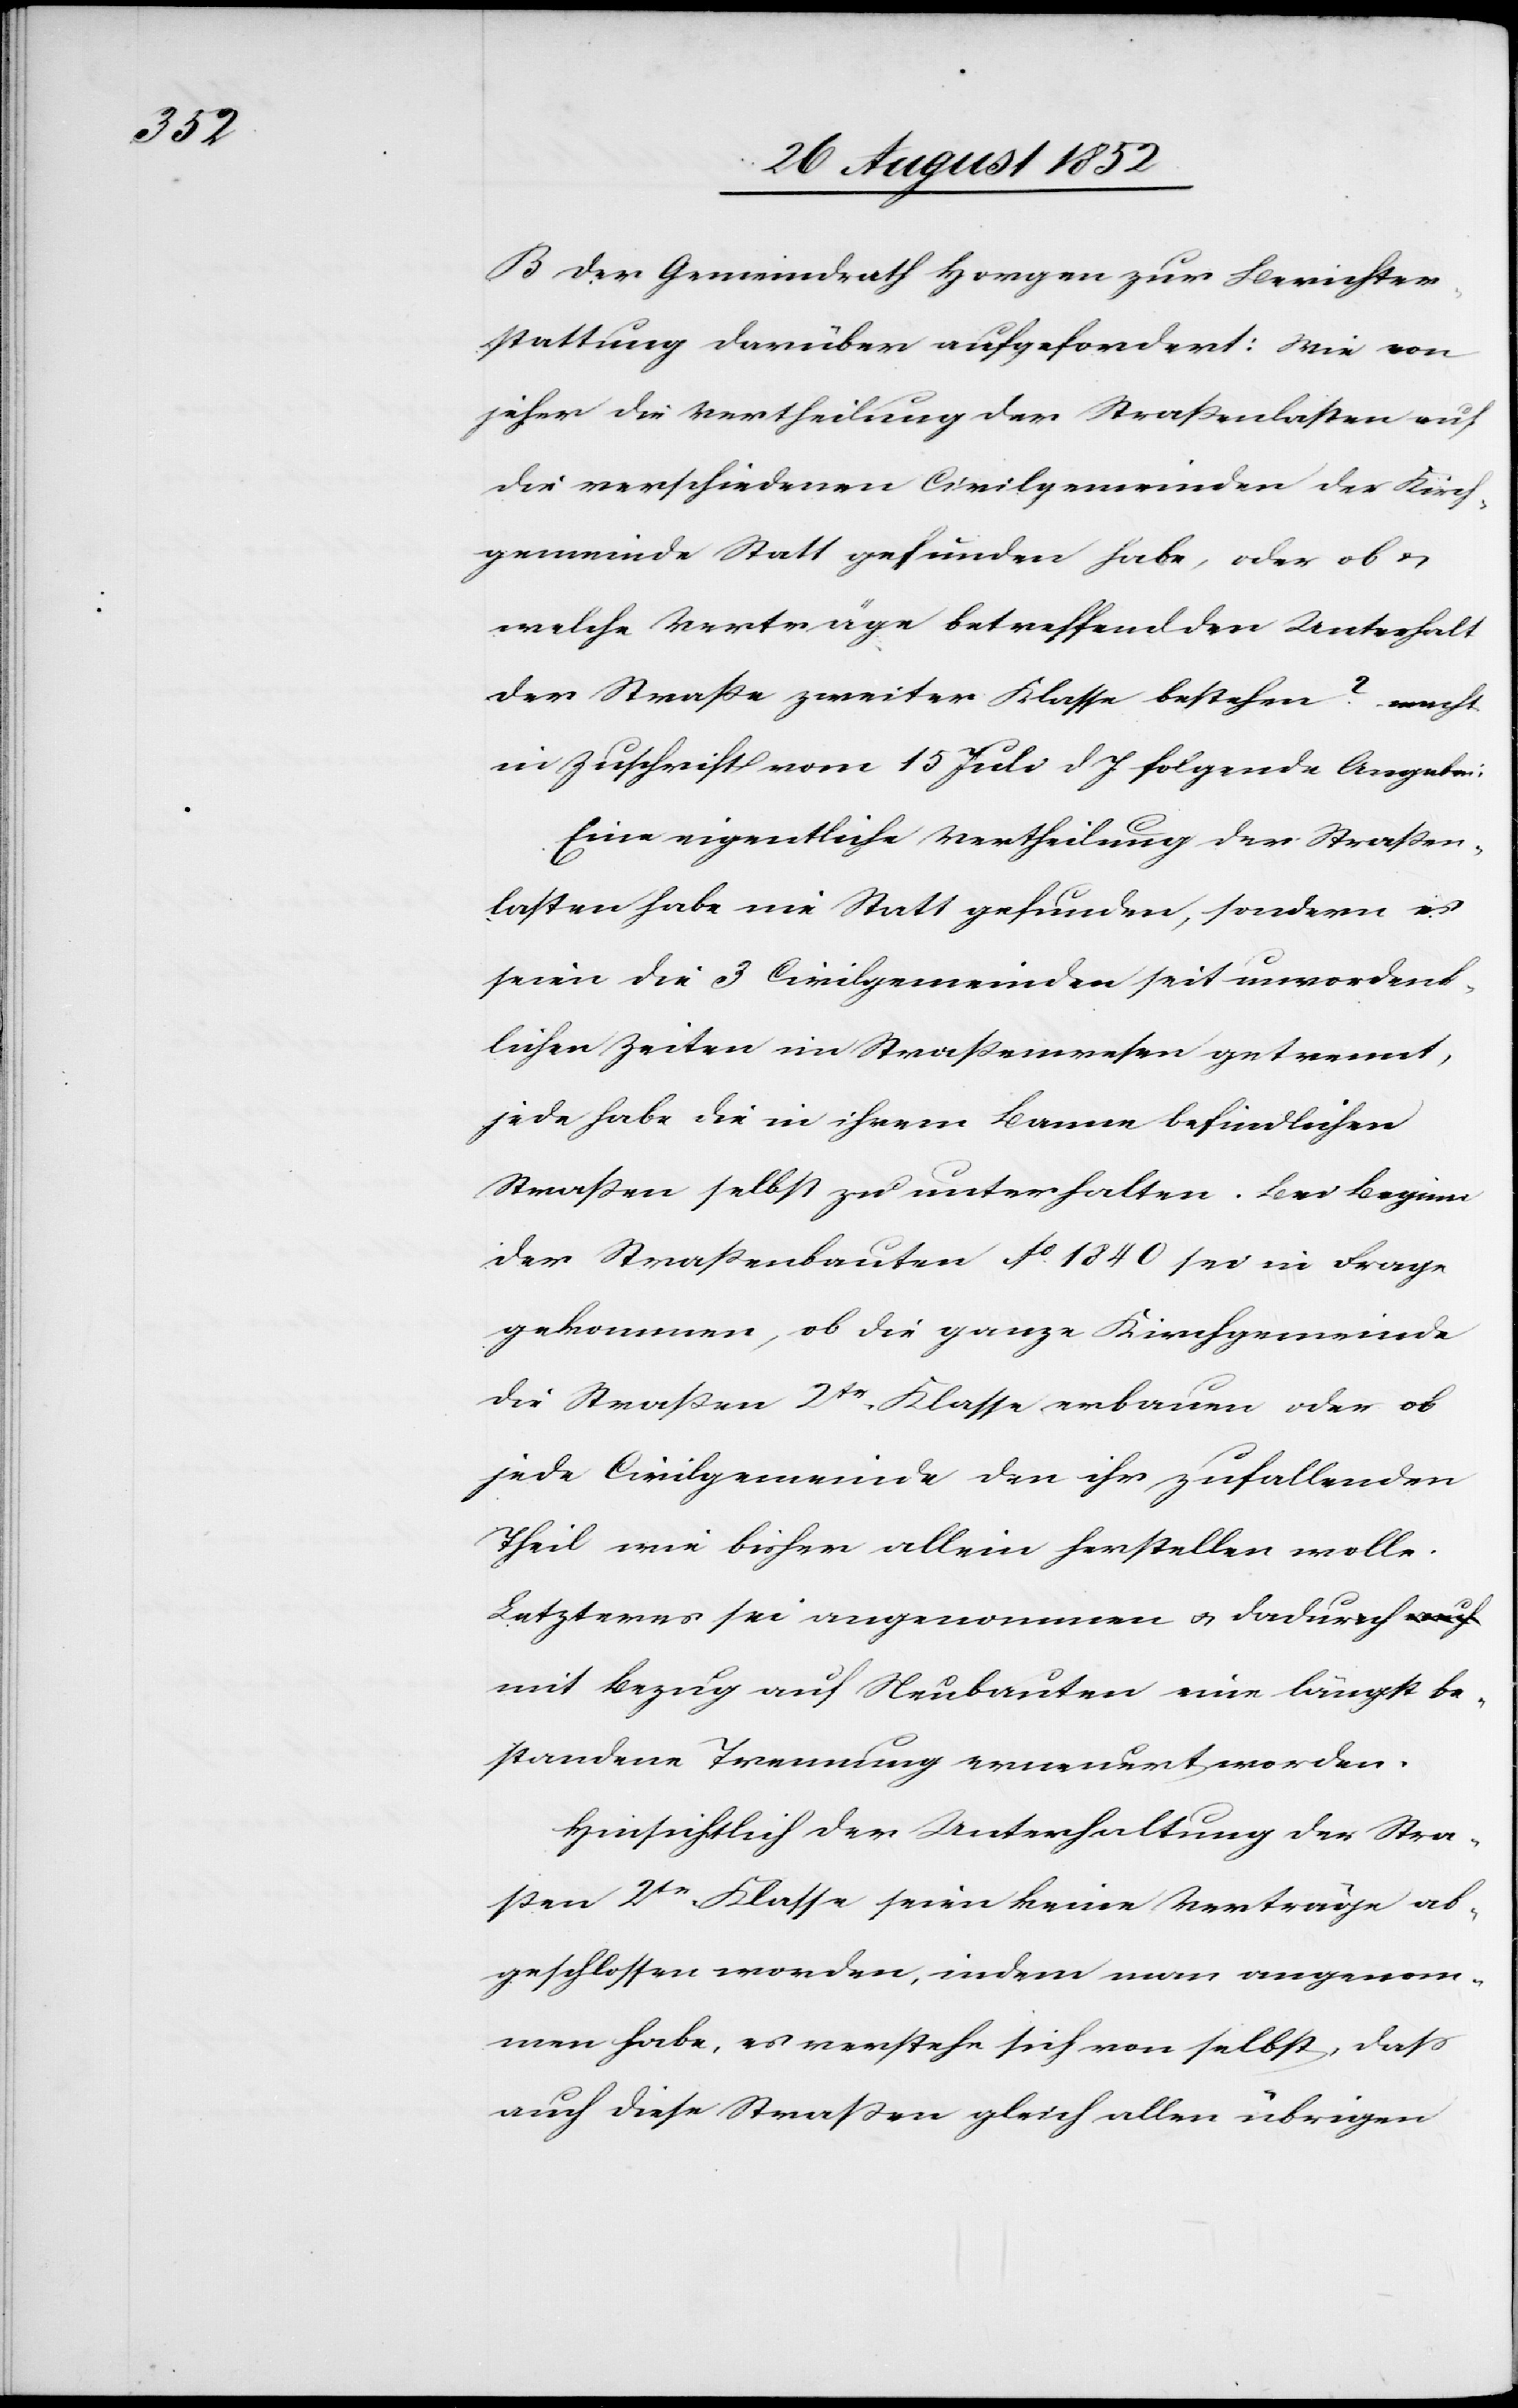
B Der Gemeindrath Horgen zur Berichter¬
stattung darüber aufgefordert: Wie von
jeher die Vertheilung der Straßenlasten auf
die verschiedenen Civilgemeinden der Kirch¬
gemeinde Statt gefunden habe, oder ob &
welche Verträge betreffend den Unterhalt
der Straße zweiter Klasse bestehen? – macht
in Zuschrift vom 15 Juli d J. folgende Angaben:
Eine eigentliche Vertheilung der Straßen¬
lasten habe nie Statt gefunden, sondern es
seien die 3 Civilgemeinden seit unvordenk¬
lichen Zeiten im Straßenwesen getrennt,
jede habe die in ihrem Banne befindlichen
Straßen selbst zu unterhalten. Bei Beginn
der Straßenbauten Ao. 1840 sei in Frage
gekommen, ob die ganze Kirchgemeinde
die Straßen 2tr. Klasse erbauen oder ob
jede Civilgemeinde den ihr zufallenden
Theil wie bisher allein herstellen wolle.
Letzteres sei angenommen & dadurch
mit Bezug auf Neubauten eine längst be¬
standene Trennung erneuert worden.
Hinsichtlich der Unterhaltung der Stra¬
ßen 2tr. Klasse seien keine Verträge ab¬
geschlossen worden, indem man angenom¬
men habe, es verstehe sich von selbst, dass
auch diese Straßen gleich allen übrigen